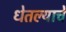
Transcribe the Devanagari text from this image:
धेतल्याचे